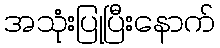
အသုံးပြုပြီးနောက်